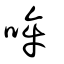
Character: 哞